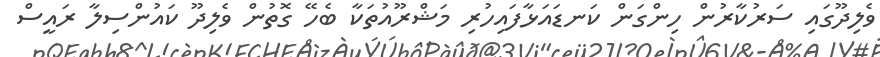
ވެލިދޫގައި ސަރުކާރުން ހިންގަން ކަނޑައަޅާފައިހުރި މަޝްރޫއުތަކާ ބެހޭ ގޮތުން ވެލިދޫ ކައުންސިލާ ރައީސް